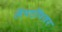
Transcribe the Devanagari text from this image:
लॅपटॉपवर